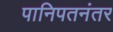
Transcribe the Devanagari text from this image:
पानिपतनंतर